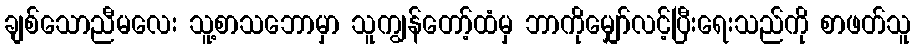
ချစ်သောညီမလေး သူ့စာသဘောမှာ သူကျွန်တော့်ထံမှ ဘာကိုမျှော်လင့်ပြီးရေးသည်ကို စာဖတ်သူ